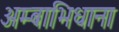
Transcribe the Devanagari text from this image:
अम्बाभिधाना